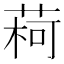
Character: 𫈥